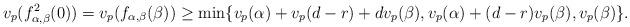
LaTeX: \begin{align*} v_p(f^2_{\alpha,\beta}(0)) = v_p(f_{\alpha, \beta}(\beta)) \geq \min \{ v_p(\alpha) + v_p(d-r) + d v_p(\beta), v_p(\alpha) + (d-r) v_p(\beta), v_p(\beta) \}.\end{align*}